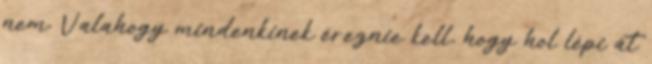
nem. Valahogy mindenkinek éreznie kell, hogy hol lépi át